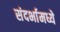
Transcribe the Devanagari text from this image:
संदर्भामध्ये